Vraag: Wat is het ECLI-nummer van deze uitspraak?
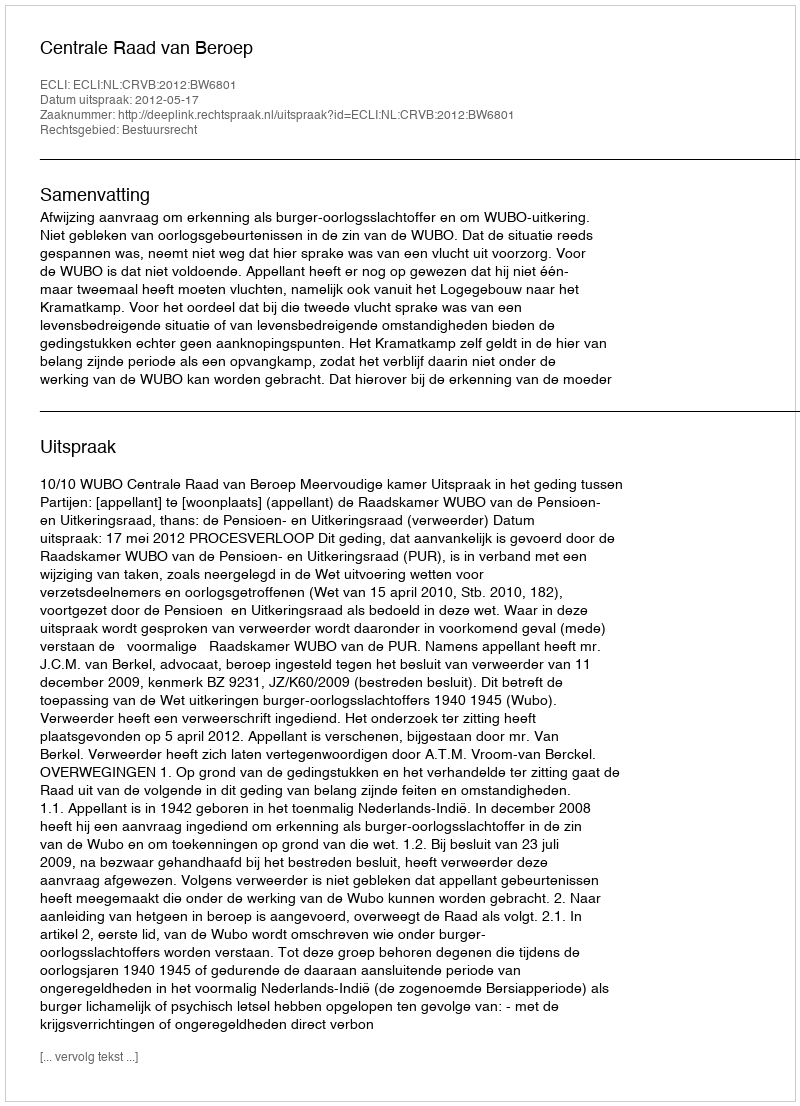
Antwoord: ECLI:NL:CRVB:2012:BW6801